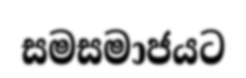
සමසමාජයට